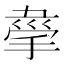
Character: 𢮟